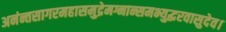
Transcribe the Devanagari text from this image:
अनंन्तसागरमहासमुद्रेमग्नान्समभ्युद्धरवासुदेव।